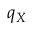
q _ { X }